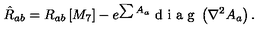
{ \hat { R } _ { a b } = R _ { a b } \left[ M _ { 7 } \right] - e ^ { \sum A _ { a } } \textrm { d i a g } \left( \nabla ^ { 2 } A _ { a } \right) . }